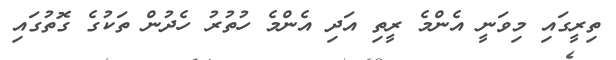
ތިރީގައި މިވަނީ އެންމެ ރީތި އަދި އެންމެ ހުތުރު ހެދުން ތަކުގެ ގޮތުގައި